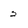
Character: 2